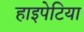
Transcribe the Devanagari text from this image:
हाइपेटिया